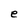
Character: e